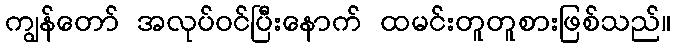
ကျွန်တော် အလုပ်ဝင်ပြီးနောက် ထမင်းတူတူစားဖြစ်သည်။